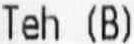
TEH (B)